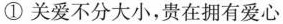
①关爱不分大小，贵在拥有爱心